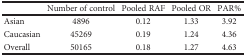
|  | Number of control | Pooled RAF | Pooled OR | PAR% |
 | --- | --- | --- | --- | --- |
 | Asian | 4896 | 0.12 | 1.33 | 3.92 |
 | Caucasian | 45269 | 0.19 | 1.24 | 4.36 |
 | Overall | 50165 | 0.18 | 1.27 | 4.63 |